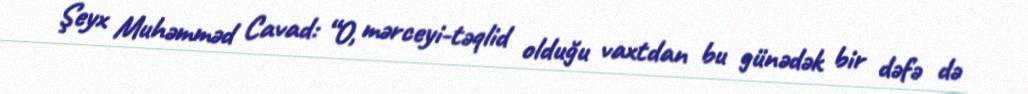
Şeyx Muhəmməd Cavad: “O, mərceyi-təqlid olduğu vaxtdan bu günədək bir dəfə də